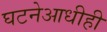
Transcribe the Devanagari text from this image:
घटनेआधीही